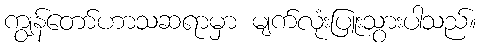
ကျွန်တော်ဟာသဆရာမှာ မျက်လုံးပြူးသွားပါသည်။